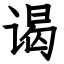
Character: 谒